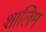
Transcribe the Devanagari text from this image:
शालिम